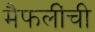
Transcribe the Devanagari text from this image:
मैफलींची